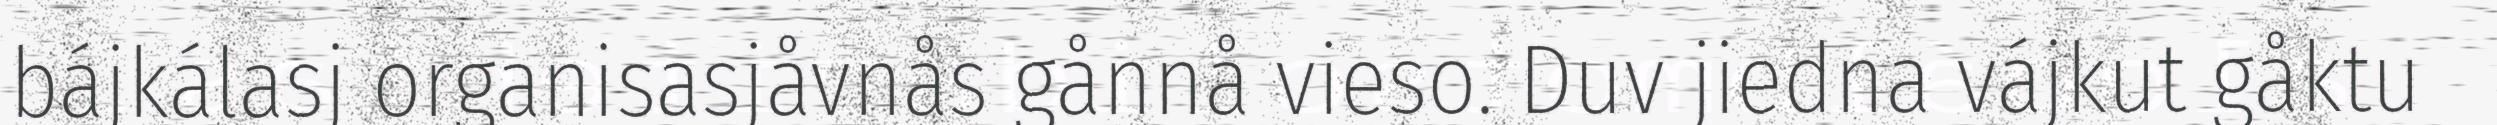
bájkálasj organisasjåvnås gånnå vieso. Duv jiedna vájkut gåktu